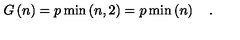
G \left( n \right) = p \min \left( n , 2 \right) = p \min \left( n \right) \quad .